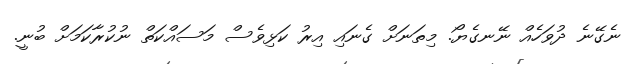
ނެގޭނެ ދުވަހެއް ނޭނގެޔޯ. މިތަނަށް ގެނައި އިރު ކަޅިވެސް މަސައްކަތް ނުކުރާކަމަށް ބުނީ.